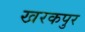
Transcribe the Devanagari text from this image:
खरकपुर